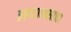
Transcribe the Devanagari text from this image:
ब्रह्मराक्षसाचा